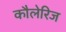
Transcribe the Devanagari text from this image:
कौलेरिज